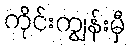
ကိုင်းကျွန်းမှီ